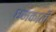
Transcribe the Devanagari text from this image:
धमकाती